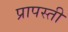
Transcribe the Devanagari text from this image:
प्रापस्ती